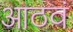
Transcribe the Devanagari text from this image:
आठवं